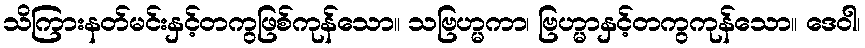
သိကြားနတ်မင်းနှင့်တကွဖြစ်ကုန်သော။ သဗြဟ္မကာ၊ ဗြဟ္မာနှင့်တကွကုန်သော။ ဒေဝါ၊